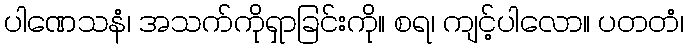
ပါဏေသနံ၊ အသက်ကိုရှာခြင်းကို။ စရ၊ ကျင့်ပါလော။ ပတတံ၊